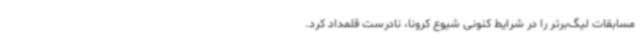
مسابقات لیگ‌برتر را در شرایط کنونی شیوع کرونا، نادرست قلمداد کرد.